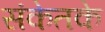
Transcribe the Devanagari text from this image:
संकेतके